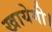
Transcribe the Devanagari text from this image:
खायेगी।